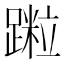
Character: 𨅀